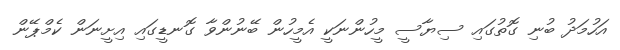
އަހުމަދު ބުނި ގޮތުގައި ސިޔާސީ މީހުންނަކީ އެމީހުން ބޭނުންވާ ގޮނޑީގައި އިށީނަން ކެމްޕޭން